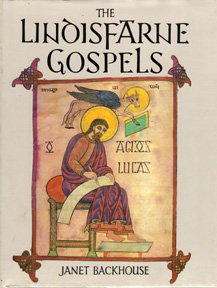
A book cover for Lindisfarne Gospels; Janet Backhouse; Arts & Photography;